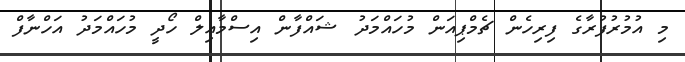
މި އުމުރުފުރާގެ ފިރިހެން ޗެމްޕިއަން މުހައްމަދު ޝައްފާން އިސްމާއިލް ހޯދީ މުހައްމަދު އަހްނާފް